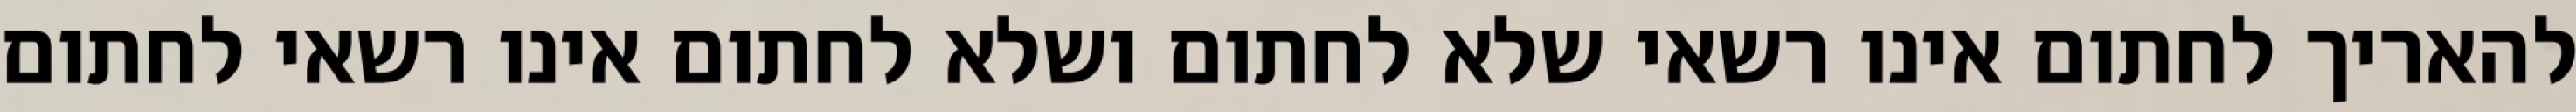
להאריך לחתום אינו רשאי שלא לחתום ושלא לחתום אינו רשאי לחתום